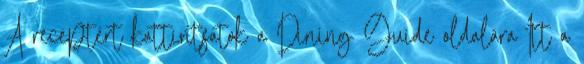
A receptért kattintsatok a Dining Guide oldalára Itt a